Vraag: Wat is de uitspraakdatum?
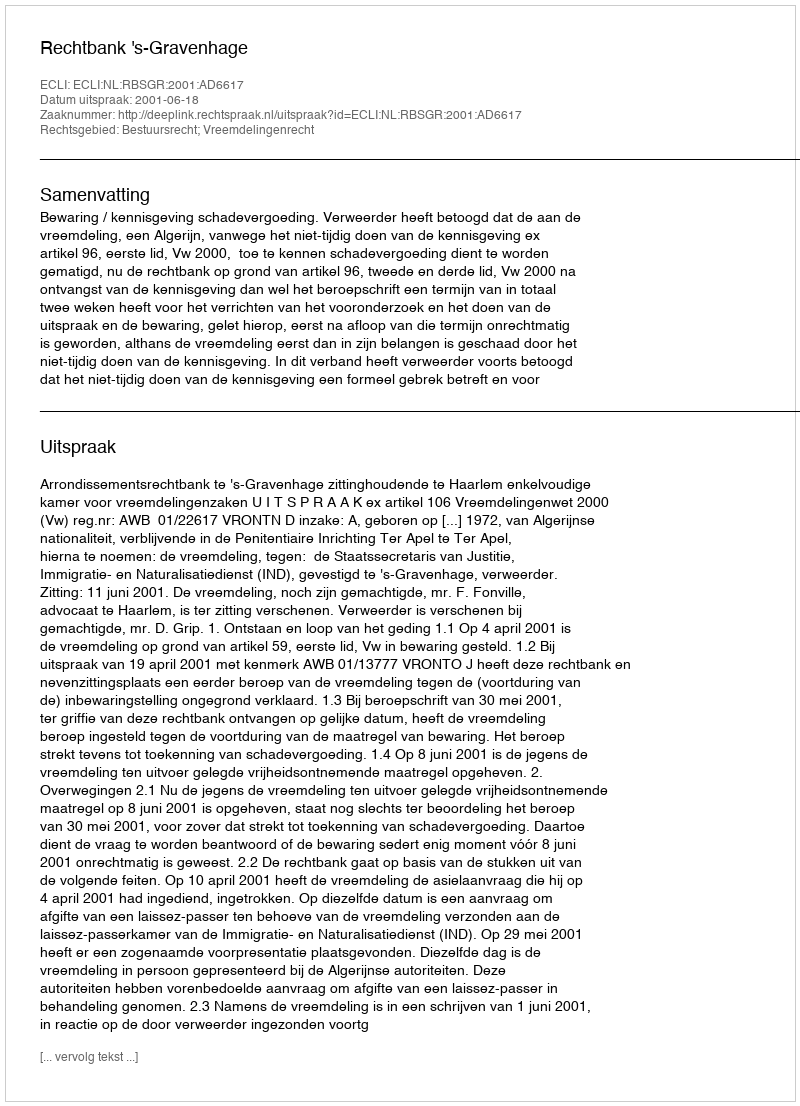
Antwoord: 2001-06-18